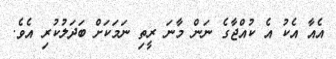
އެއާ އެކު އެ ކުއްޖާގެ ނަން މާނަ ރީތި ނަމަކަށް ބަދަލުކުރި އެވެ.